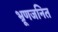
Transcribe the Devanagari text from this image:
भ्रूणजनित